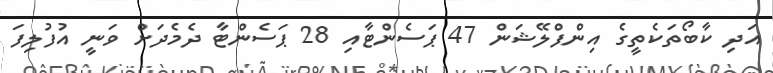
އަދި ކާބޯތަކެތީގެ އިންފްލޭޝަން 47 ޕަސެންޓާއި 28 ޕަސެންޓާ ދެމެދަށް ވަނީ އުފުލިފަ